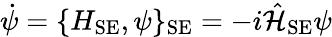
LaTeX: \dot{\psi}=\{ H_{\mathrm{SE}},\psi\} _{\mathrm{SE}}=-i\hat{\cal H}_{\mathrm{SE}}\psi